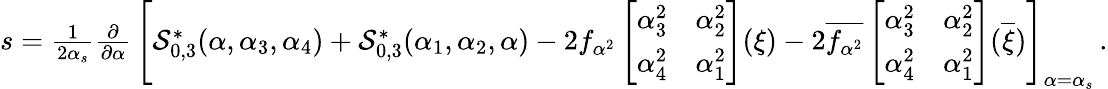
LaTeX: \begin{array}{r}{s={\frac{1}{2\alpha_{s}}}{\frac{\partial}{\partial\alpha}}\, \Bigg[{\mathcal{S}_{0,3}^{\ast}(\alpha,\alpha_{3},\alpha_{4})}+{\mathcal{S}_{0,3}^{\ast}(\alpha_{1},\alpha_{2},\alpha)}-2f_{\alpha^{2}}\left[\begin{array}{ll}{\alpha_{3}^{2}}&{\alpha_{2}^{2}}\\ {\alpha_{4}^{2}}&{\alpha_{1}^{2}}\end{array}\right](\xi)-2\overline{{f_{\alpha^{2}}}}\left[\begin{array}{ll}{\alpha_{3}^{2}}&{\alpha_{2}^{2}}\\ {\alpha_{4}^{2}}&{\alpha_{1}^{2}}\end{array}\right](\overline{{\xi}})\Bigg]_{\alpha=\alpha_{s}}\, .}\end{array}